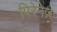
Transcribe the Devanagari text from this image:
पिरेनेज़